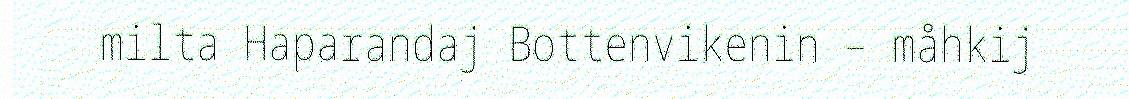
milta Haparandaj Bottenvikenin – måhkij